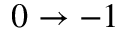
0 \rightarrow - 1